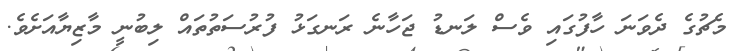
މެޗުގެ ދެވަނަ ހާފުގައި ވެސް ލަނޑު ޖަހާނެ ރަނގަޅު ފުރުސަތުތައް ލިބުނީ މާޒިޔާއަށެވެ.